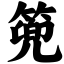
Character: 篼